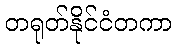
တရုတ်နိုင်ငံတကာ